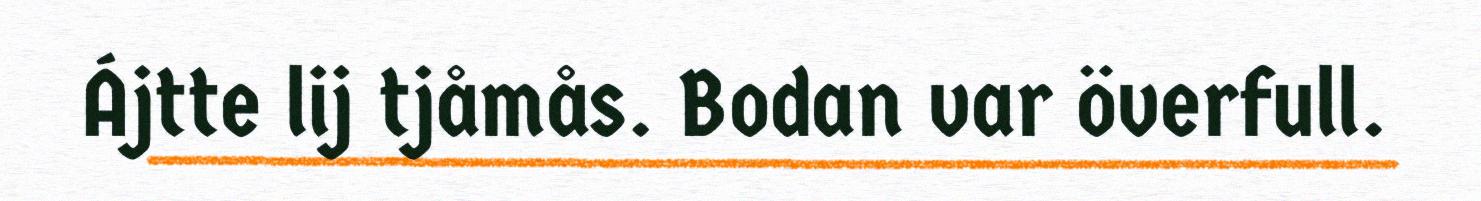
Ájtte lij tjåmås. Bodan var överfull.